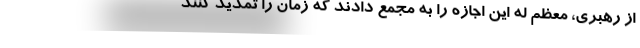
از رهبری، معظم له این اجازه را به مجمع دادند که زمان را تمدید کنند